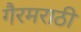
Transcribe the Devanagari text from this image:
गैरमराठी